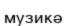
музикә